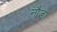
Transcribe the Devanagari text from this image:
नौडा